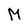
Character: M